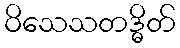
ဝိသေသတဒ္ဓိတ်